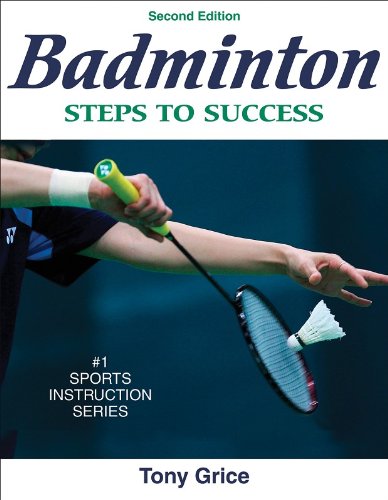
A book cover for Badminton: Steps to Success - 2nd Edition (Steps to Success Activity Series); Tony Grice; Sports & Outdoors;